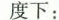
度下：